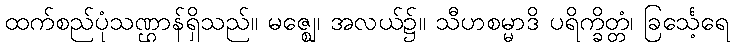
ထက်စည်ပုံသဏ္ဌာန်ရှိသည်။ မဇ္ဈေ၊ အလယ်၌။ သီဟစမ္မာဒိ ပရိက္ခိတ္တံ၊ ခြင်္သေ့ရေ